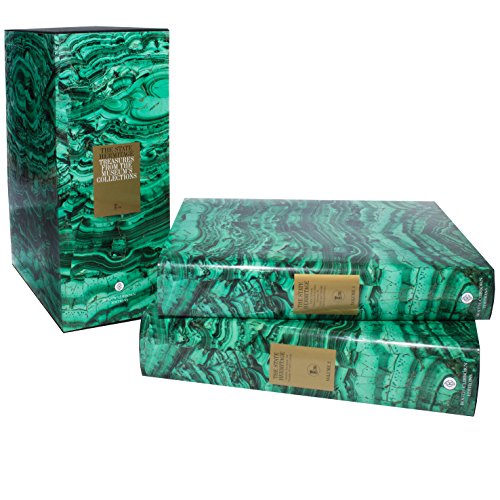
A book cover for The Hermitage Museum: Treasures from the Complete Collections; Politics & Social Sciences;